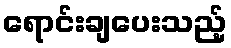
ရောင်းချပေးသည့်